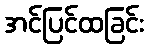
အင်ပြင်ထခြင်း